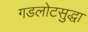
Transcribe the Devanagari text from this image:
गडलोटसुद्धा